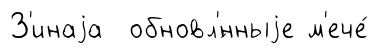
З'инаjа обновл'́нныjе м'ече́